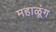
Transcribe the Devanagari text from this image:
महाळूंग